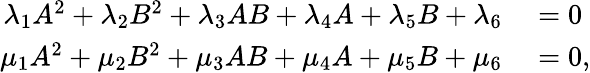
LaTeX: \begin{array}{rl}{\lambda_{1}A^{2}+\lambda_{2}B^{2}+\lambda_{3}AB+\lambda_{4}A+\lambda_{5}B+\lambda_{6}}&{{}=0}\\ {\mu_{1}A^{2}+\mu_{2}B^{2}+\mu_{3}AB+\mu_{4}A+\mu_{5}B+\mu_{6}}&{{}=0,}\end{array}